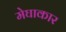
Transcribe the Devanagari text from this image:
मेघाकार